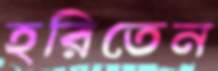
হরিতেন